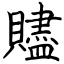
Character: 贐